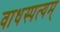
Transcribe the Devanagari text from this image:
वाधस्पत्यम्